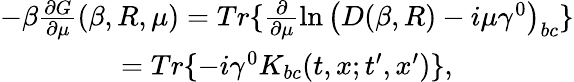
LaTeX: \begin{array}{c}{{-\beta\frac{\partial G}{\partial\mu}(\beta,R,\mu)=Tr\{ \frac\partial{\partial\mu}\ln\left(D(\beta,R)-i\mu\gamma^{0}\right)_{bc}\} }}\\ {{=Tr\{ -i\gamma^{0}K_{bc}(t,x;t^{\prime},x^{\prime})\} ,}}\end{array}